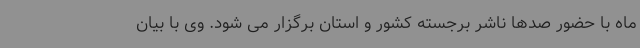
ماه با حضور صدها ناشر برجسته کشور و استان برگزار می شود. وی با بیان